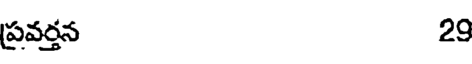
ప్రవర్తన 29